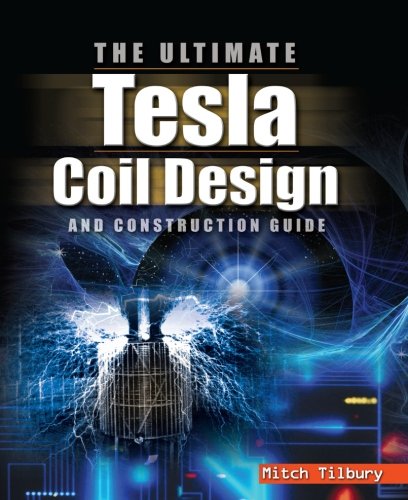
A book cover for The ULTIMATE Tesla Coil Design and Construction Guide; Mitch Tilbury; Science & Math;